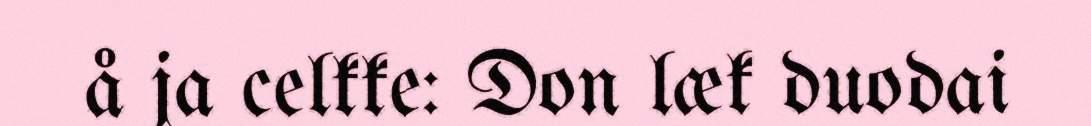
å ja celkke: Don læk duodai